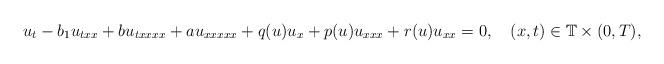
LaTeX: \begin{align*} u_t-b_1u_{txx}+bu_{txxxx}+au_{xxxxx}+q(u)u_x+p(u)u_{xxx}+r(u)u_{xx}=0, \ \ \ (x,t)\in\mathbb{T}\times(0,T),\end{align*}